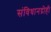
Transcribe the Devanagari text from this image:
संविधानद्रोही